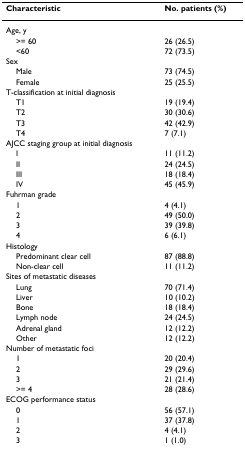
<table><thead><tr><td><b>Characteristic</b></td><td><b>No. patients (%)</b></td></tr></thead><tbody><tr><td>Age, y</td><td></td></tr><tr><td> &gt;= 60</td><td>26 (26.5)</td></tr><tr><td> &lt;60</td><td>72 (73.5)</td></tr><tr><td>Sex</td><td></td></tr><tr><td> Male</td><td>73 (74.5)</td></tr><tr><td> Female</td><td>25 (25.5)</td></tr><tr><td>T-classification at initial diagnosis</td><td></td></tr><tr><td> T1</td><td>19 (19.4)</td></tr><tr><td> T2</td><td>30 (30.6)</td></tr><tr><td> T3</td><td>42 (42.9)</td></tr><tr><td> T4</td><td>7 (7.1)</td></tr><tr><td>AJCC staging group at initial diagnosis</td><td></td></tr><tr><td> I</td><td>11 (11.2)</td></tr><tr><td> II</td><td>24 (24.5)</td></tr><tr><td> III</td><td>18 (18.4)</td></tr><tr><td> IV</td><td>45 (45.9)</td></tr><tr><td>Fuhrman grade</td><td></td></tr><tr><td> 1</td><td>4 (4.1)</td></tr><tr><td> 2</td><td>49 (50.0)</td></tr><tr><td> 3</td><td>39 (39.8)</td></tr><tr><td> 4</td><td>6 (6.1)</td></tr><tr><td>Histology</td><td></td></tr><tr><td> Predominant clear cell</td><td>87 (88.8)</td></tr><tr><td> Non-clear cell</td><td>11 (11.2)</td></tr><tr><td>Sites of metastatic diseases</td><td></td></tr><tr><td> Lung</td><td>70 (71.4)</td></tr><tr><td> Liver</td><td>10 (10.2)</td></tr><tr><td> Bone</td><td>18 (18.4)</td></tr><tr><td> Lymph node</td><td>24 (24.5)</td></tr><tr><td> Adrenal gland</td><td>12 (12.2)</td></tr><tr><td> Other</td><td>12 (12.2)</td></tr><tr><td>Number of metastatic foci</td><td></td></tr><tr><td> 1</td><td>20 (20.4)</td></tr><tr><td> 2</td><td>29 (29.6)</td></tr><tr><td> 3</td><td>21 (21.4)</td></tr><tr><td> &gt;= 4</td><td>28 (28.6)</td></tr><tr><td>ECOG performance status</td><td></td></tr><tr><td> 0</td><td>56 (57.1)</td></tr><tr><td> 1</td><td>37 (37.8)</td></tr><tr><td> 2</td><td>4 (4.1)</td></tr><tr><td> 3</td><td>1 (1.0)</td></tr></tbody></table>